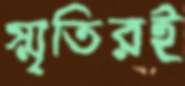
স্মৃতিরই